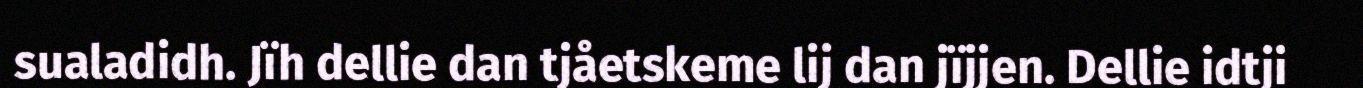
sualadidh. Jïh dellie dan tjåetskeme lij dan jïjjen. Dellie idtji